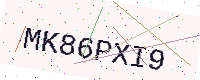
Text: MK86PXI9